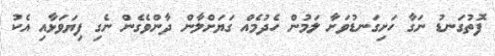
ފޮތުގަނޑު ނަގާ ހަށިގަނޑުވަށާ ލަމުން ހެދުމެއް ގަޔަށްލާން ދާންވެގެން ނެގި ފިޔަވަޅާއި އެކު